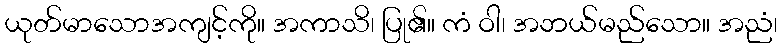
ယုတ်မာသောအကျင့်ကို။ အကာသိ၊ ပြု၏။ ကံ ဝါ၊ အဘယ်မည်သော။ အညံ၊